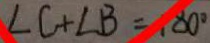
\angle C + \angle B = 1 8 0 ^ { \circ }